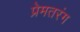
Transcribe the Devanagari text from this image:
प्रेमतरंग